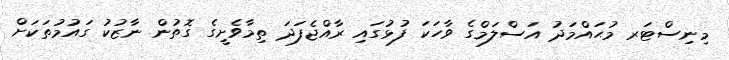
މިނިސްޓަރ މުޙައްމަދު އަސްލަމްގެ ވާހަކަ ފުޅުގައި ރާއްޖެފަދަ ތިމާވެށީގެ ގޮތުން ނާޒުކު ގައުމުތަކަށް